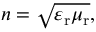
n = { \sqrt { \varepsilon _ { \mathrm { r } } \mu _ { \mathrm { r } } } } ,